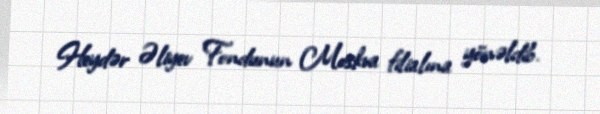
Heydər Əliyev Fondunun Moskva filialına yönəldib.